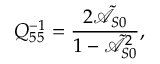
Q _ { 5 5 } ^ { - 1 } = \frac { 2 \tilde { \mathcal { A } } _ { S 0 } } { 1 - \tilde { \mathcal { A } } _ { S 0 } ^ { 2 } } ,